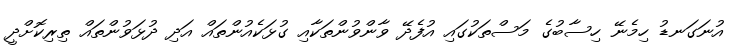
އުނަގަނޑު ހިމެނޭ ހިސާބުގެ މަސްތަކުގައި އުފެދޭ ވާންވުންތަކާއި ގުޅަކެއުންތައް އަދި ދުޅަވުންތައް ތިރިކޮށްދީ